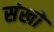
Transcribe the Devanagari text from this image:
संखो